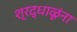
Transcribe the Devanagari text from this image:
श्रद्धाळूंना